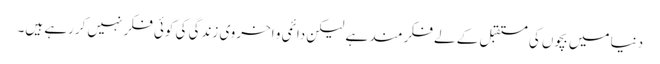
دنیا میں بچوں کی مستقبل کے لے فکر مند ہے لیکن دائمی و اخروی زندگی کی کوئی فکر نہیں کررہے ہیں۔